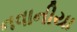
નવાનીયા